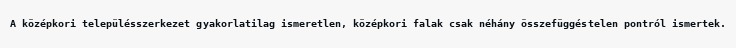
A középkori településszerkezet gyakorlatilag ismeretlen, középkori falak csak néhány összefüggéstelen pontról ismertek.